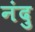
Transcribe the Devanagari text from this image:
नंदु